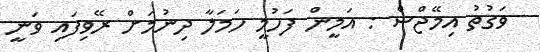
ވަގުތު އިމޭޖްސް : އަމީން ފަހުމީ ހަމަލާ ދިނުމަށް ރޭވިފައި ވަނީ